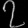
Digit: ၇